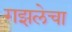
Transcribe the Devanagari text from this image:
गझलेचा